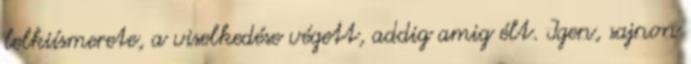
lelkiísmerete, a viselkedése végett, addig amig élt. Igen, sajnon